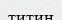
титин